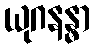
ယုဂနန္ဓာ